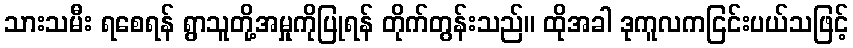
သားသမီး ရစေရန် ရွာသူတို့အမှုကိုပြုရန် တိုက်တွန်းသည်။ ထိုအခါ ဒုကူလကငြင်းပယ်သဖြင့်